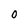
Character: O